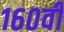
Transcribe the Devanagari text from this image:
१६०वीं